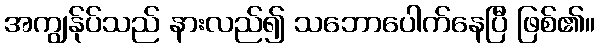
အကျွန်ုပ်သည် နားလည်၍ သဘောပေါက်နေပြီ ဖြစ်၏။